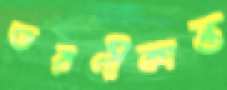
তরণীকান্ত